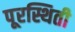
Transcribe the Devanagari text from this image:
पूरस्थिती